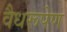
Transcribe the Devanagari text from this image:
वैधरूपेण